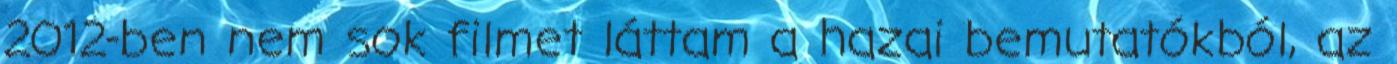
2012-ben nem sok filmet láttam a hazai bemutatókból, az